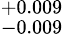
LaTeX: ^{+0.009}_{-0.009}